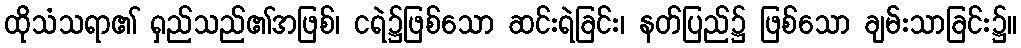
ထိုသံသရာ၏ ရှည်သည်၏အဖြစ်၊ ငရဲ၌ဖြစ်သော ဆင်းရဲခြင်း၊ နတ်ပြည်၌ ဖြစ်သော ချမ်းသာခြင်း၌။